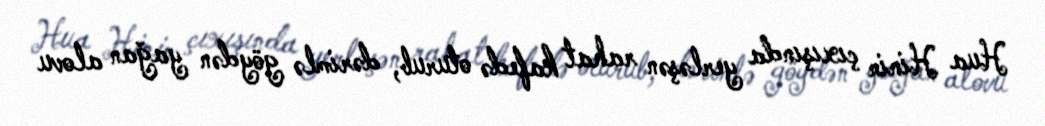
Hua Hinin çıxışında yerləşən rahat kafedə oturub, dərimlə göydən yağan alovu